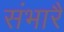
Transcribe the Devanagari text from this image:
संभारै